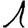
Digit: 1